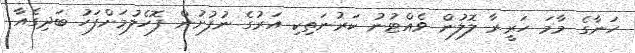
ހަނާގެ މާމަ ހަރީރާ ލޮލުން ވެއްޓުނު ކަރުނަތިކި އަރުގެ ނުފުށުން ފޮހެލުމަށްފަހު ބަދިގެއާ